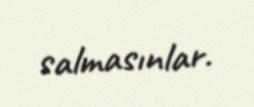
salmasınlar.